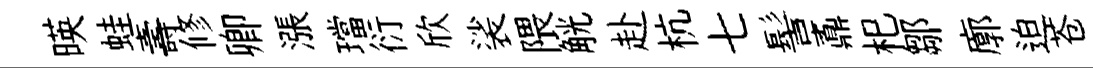
暎蛙壽修卿漲璫衍欣裟隈觥赴杭七髻鼒𣏌鄒廓迫苍